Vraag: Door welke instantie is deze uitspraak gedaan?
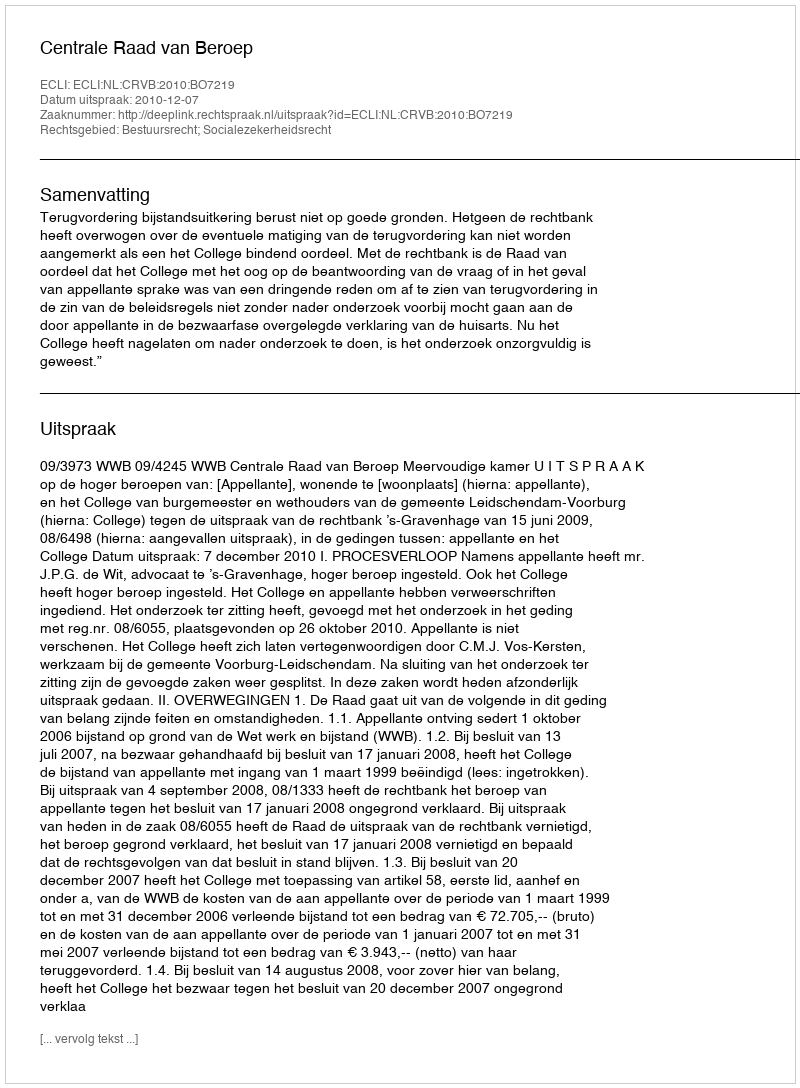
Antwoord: Centrale Raad van Beroep